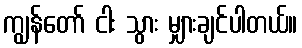
ကျွန်တော် ငါး သွား မျှားချင်ပါတယ်။